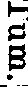
Tum.